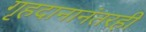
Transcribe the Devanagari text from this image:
गृहदानानंतरही